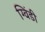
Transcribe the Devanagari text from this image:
ग्विंडी